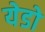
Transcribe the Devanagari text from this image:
येडो